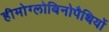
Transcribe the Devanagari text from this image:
हीमोग्लोबिनोपैथियों